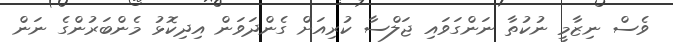
ވެސް ނިޒާމީ ނުކުތާ ނަންގަވައި ޖަލްސާ ކުރިއަށް ގެންދަވަން އިދިކޮޅު މެންބަރުންގެ ނަން